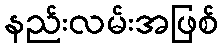
နည်းလမ်းအဖြစ်